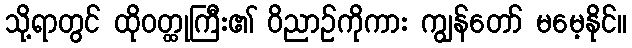
သို့ရာတွင် ထိုဝတ္ထုကြီး၏ ဝိညာဉ်ကိုကား ကျွန်တော် မမေ့နိုင်။